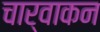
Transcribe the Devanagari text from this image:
चार्वाकन